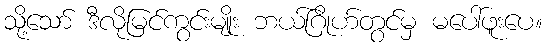
သို့သော် ဒီလိုမြင်ကွင်းမျိုး ဘယ်ဂြိုဟ်တွင်မှ မပေါ်ဖူးပေ။